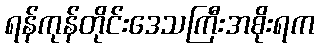
ရန်ကုန်တိုင်းဒေသကြီးအစိုးရက